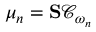
\mu _ { n } = \mathbf { S } \mathcal { C } _ { \omega _ { n } }